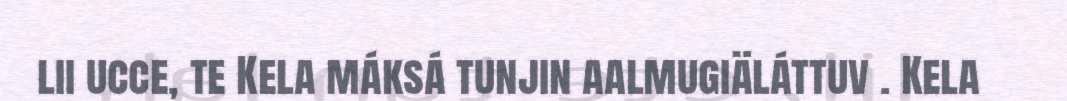
lii ucce, te Kela máksá tunjin aalmugiäláttuv . Kela